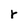
Character: r